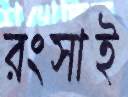
রংসাই